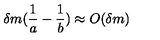
\delta m ( \frac { 1 } { a } - \frac { 1 } { b } ) \approx O ( \delta m )